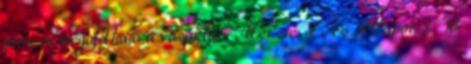
úton is megoldható a vásárlás. Mérete: L-es Állapot: 8 10